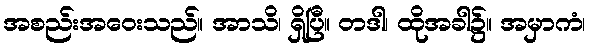
အစည်းအဝေးသည်။ အာသိ၊ ရှိပြီ။ တဒါ၊ ထိုအခါ၌။ အမှာကံ၊